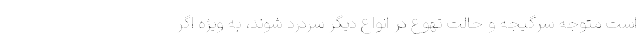
است متوجه سرگیجه و حالت تهوع در انواع دیگر سردرد شوند، به ویژه اگر